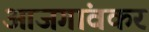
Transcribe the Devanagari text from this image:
आजगांवकर